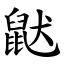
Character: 鼣